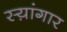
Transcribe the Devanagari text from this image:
स्य़ांगार